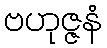
ဗဟုဇ္ဇနံ